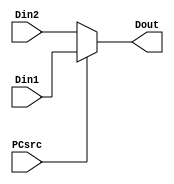
module pcMux (Dout, Din1, Din2, PCsrc);

 input  PCsrc;
 input  [7:0] Din1, Din2;
 output [7:0] Dout;
 
 assign Dout = (PCsrc)? Din1 : Din2; 

endmodule